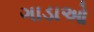
ગાડાઓ